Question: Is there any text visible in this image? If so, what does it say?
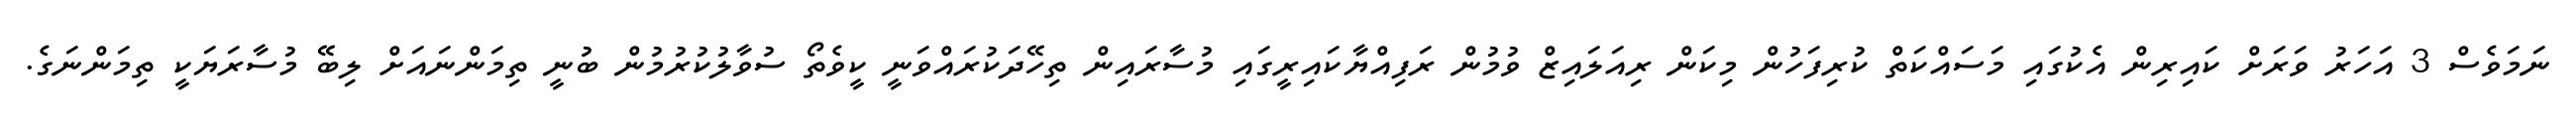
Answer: ނަމަވެސް 3 އަހަރު ވަރަށް ކައިރިން އެކުގައި މަސައްކަތް ކުރިފަހުން މިކަން ރިއަލައިޒް ވުމުން ރަފިއްޔާކައިރީގައި މުސާރައިން ތިހޭދަކުރައްވަނީ ކީވެތޯ ސުވާލުކުރުމުން ބުނީ ތިމަންނައަށް ލިބޭ މުސާރަޔަކީ ތިމަންނަގެ.